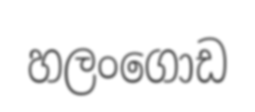
හලංගොඩ